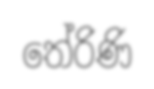
තේරිණි